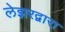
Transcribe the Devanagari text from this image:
लेझरद्वारा